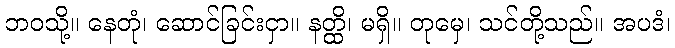
ဘဝသို့။ နေတုံ၊ ဆောင်ခြင်းငှာ။ နတ္ထိ၊ မရှိ။ တုမှေ၊ သင်တို့သည်။ အပဒံ၊